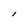
Character: l